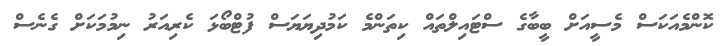
ކޮންމެއަކަސް މެސީއަށް ބީބާގެ ސްޓައިލްތައް ކިތަންމެ ކަމުދިޔަޔަސް ފުޓްބޯޅަ ކެރިއަރު ނިމުމަކަށް ގެނެސް